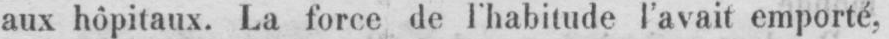
aux hôpitaux. La force de l’habitude l’avait emporté,